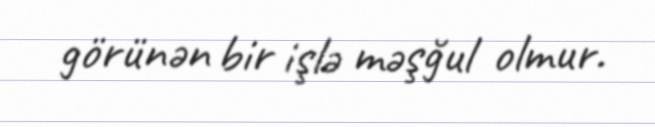
görünən bir işlə məşğul olmur.